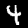
Label: 4